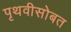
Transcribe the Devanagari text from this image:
पृथवीसोबत